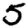
Digit: 5